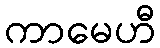
ကာမေဟီ